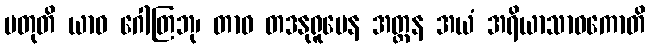
ပတုတိ ယာဝ ဂေါတြဘု၊ တာဝ တဒနုရူပေန အတ္ထန အယံ အရိယာသာဝကောတိ